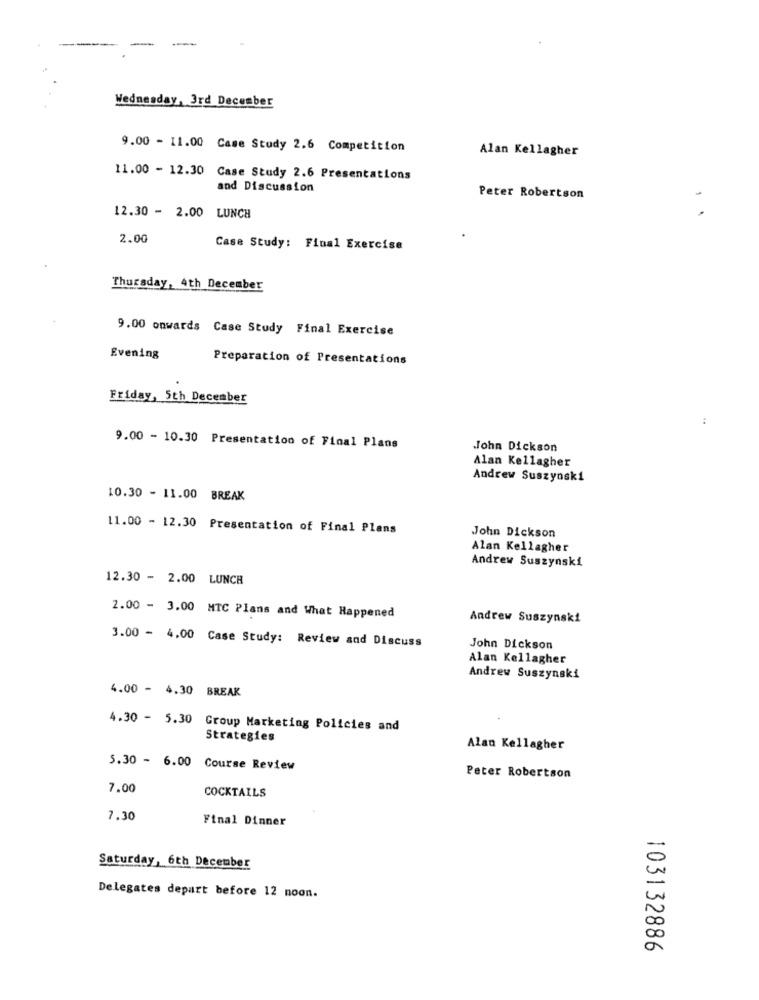
Wednesday, 3rd December
9.00 - 11.00 Case Study 2.6 Competition
Alan Kellagher
11.00 - 12.30 Case Study 2.6 Presentations
and Discussion
Peter Robertson
1
12.30 - 2.00 LUNCH
2.00
Case Study: Final Exercise
Thursday, 4th December
9.00 onwards Case Study Final Exercise
Evening
Preparation of Presentations
Friday, 5th December
:
9.00 - 10.30 Presentation of Final Plans
John Dickson
Alan Kellagher
Andrew Suszynski
10.30 - 11.00 BREAK
11.00 - 12.30 Presentation of Final Plans
John Dickson
Alan Kellagher
Andrew Suszynski
12.30 - 2.00 LUNCH
2.00 - 3.00 MTC Plans and What Happened
Andrew Suszynski
3.00 - 4.00 Case Study: Review and Discuss
John Dickson
Alan Kellagher
Andrew Suszynski
4.00 - 4.30 BREAK
4.30 - 5.30
Group Marketing Policies and
Strategies
Alan Kellagher
5.30 - 6.00 Course Review
Peter Robertson
7.00
COCKTAILS
7.30
Final Dinner
Saturday, 6th December
Delegates depart before 12 noon.
103132886